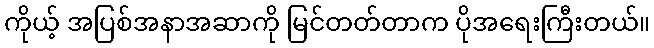
ကိုယ့် အပြစ်အနာအဆာကို မြင်တတ်တာက ပိုအရေးကြီးတယ်။